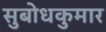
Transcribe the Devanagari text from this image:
सुबोधकुमार